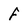
Character: f